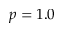
p = 1 . 0